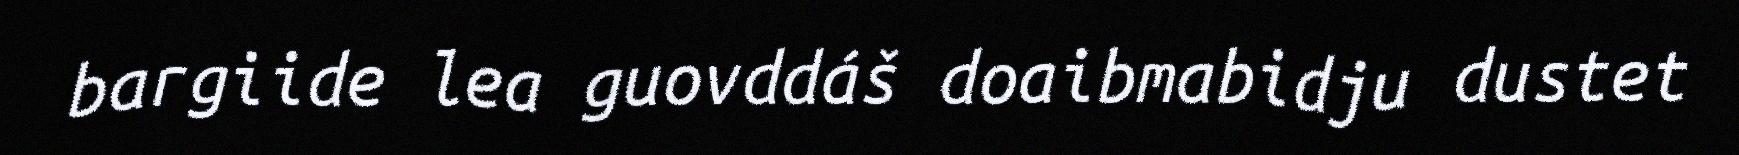
bargiide lea guovddáš doaibmabidju dustet